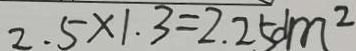
2 . 5 \times 1 . 3 = 2 . 2 5 d m ^ { 2 }